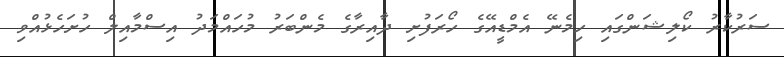
ސަރުކާރު ކޯލިޝަންގައި ހިމެނޭ އެމްޑީއޭގެ ހޯރަފުށި ދާއިރާގެ މެންބަރު މުހައްމަދު އިސްމާއިލް ހުށަހެޅުއްވި